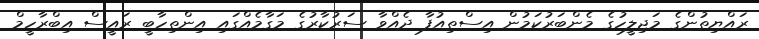
ރައްޔިތުންގެ މަޖިލީހުގެ މެންބަރުކަމުން އިސްތިއުފާ ދެއްވާ ސަރުކާރުގެ މަގާމެއްގައި އިންތިހާބީ ރައީސް އިބްރާހީމް